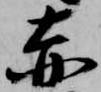
赤